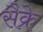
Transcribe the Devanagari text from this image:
सैक्रे